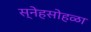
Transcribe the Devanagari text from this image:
स्नेहसोहळा